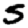
Digit: 5